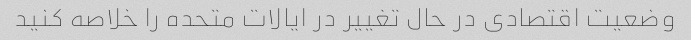
وضعیت اقتصادی در حال تغییر در ایالات متحده را خلاصه کنید